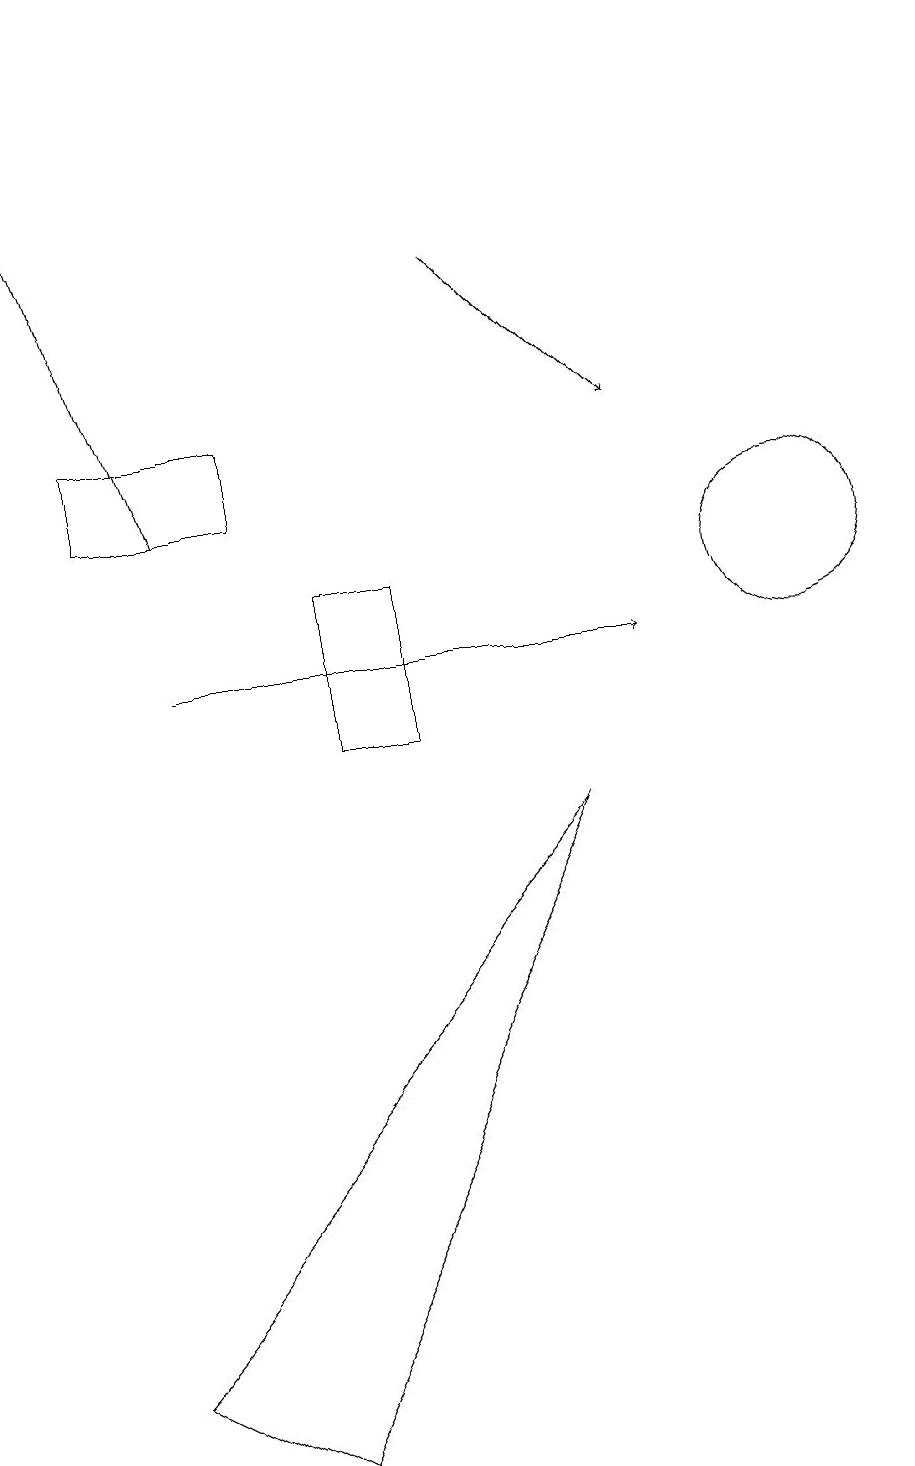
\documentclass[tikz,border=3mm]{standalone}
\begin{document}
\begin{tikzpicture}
\draw (2,14) rectangle (4,13);
\draw[->] (7,16) -- (9,14);
\draw (5,10) rectangle (6,12);
\draw (11,12) circle (1);
\draw[->] (3,11) -- (9,11);
\draw (2,2) -- (8,9) -- (4,1) -- cycle;
\draw[->] (3,13) -- (1,19);
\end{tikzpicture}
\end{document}